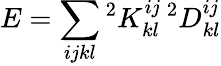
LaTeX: E=\sum_{ijkl}{^{2}K_{kl}^{ij}\, ^{2}D_{kl}^{ij}}